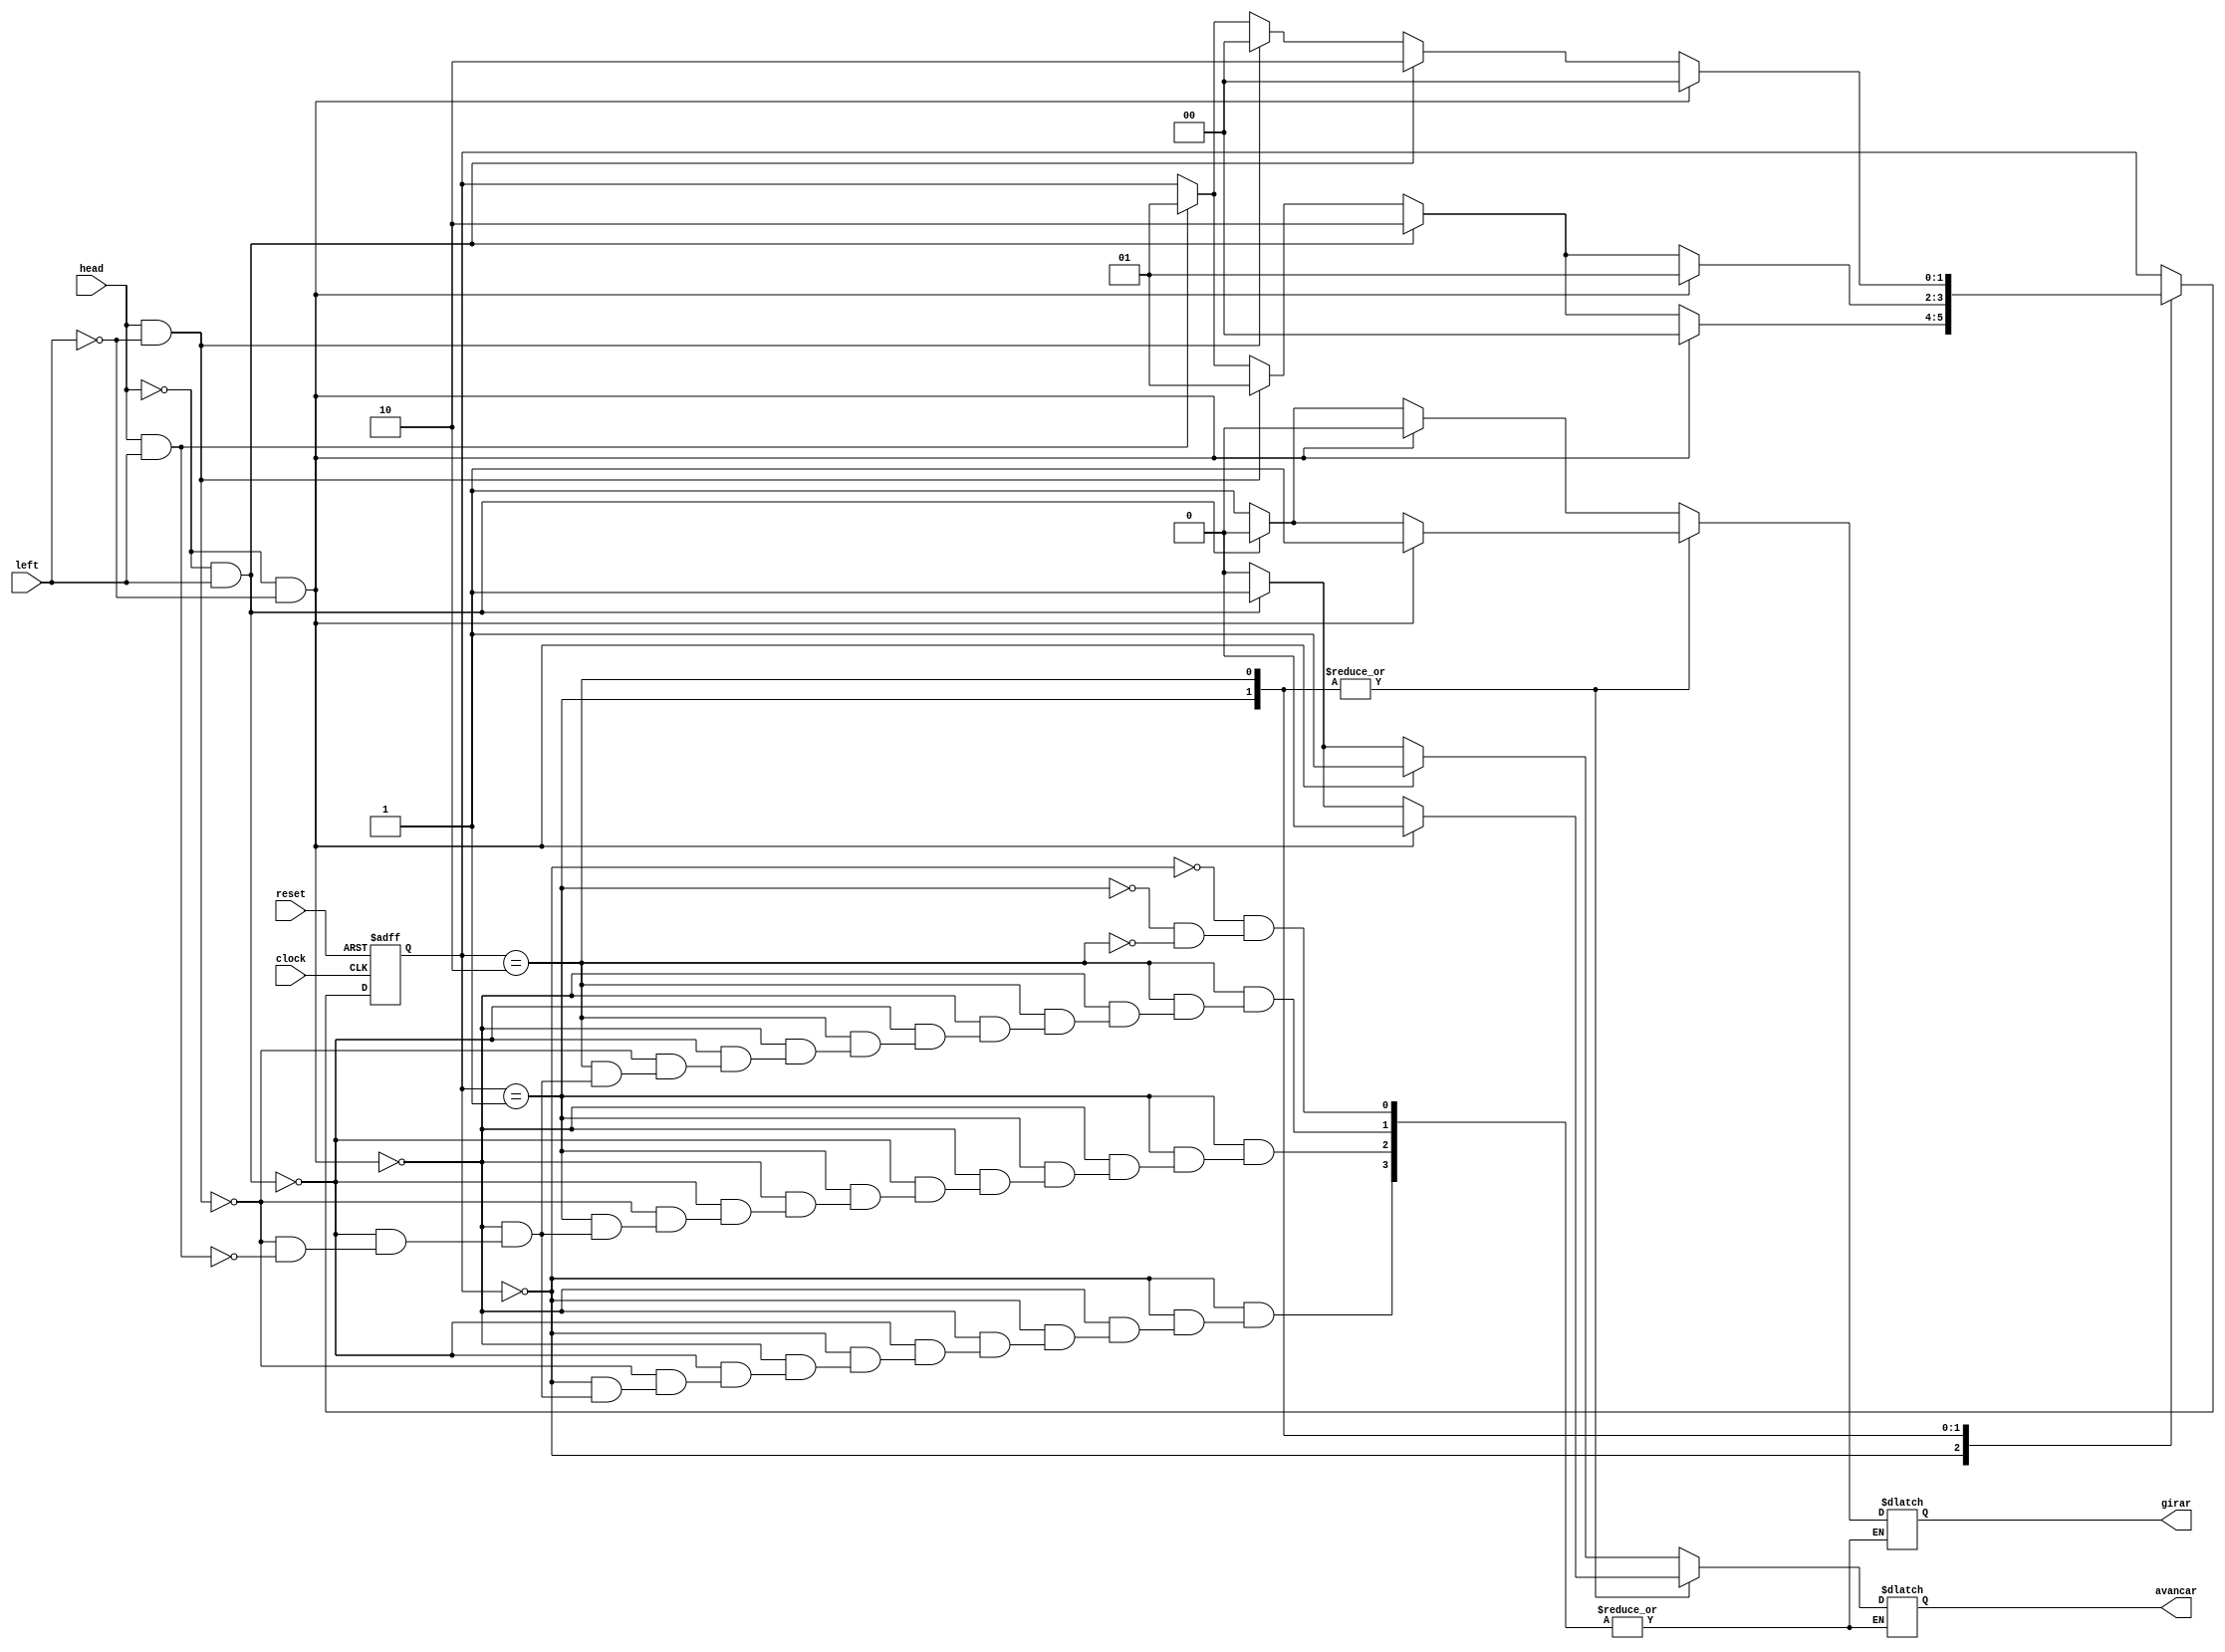
module Robo (head, left, clock, reset, avancar, girar);
    input head, left, clock, reset;
    output reg avancar, girar;
    
    // Registrador de estado
    reg [1:0] state;
    
    // Codificao dos estados
    parameter procurandoMuro = 2'b00,
              rotacionando = 2'b01,
              acompanhandoMuro = 2'b10;
    
    // Inicializao da mquina
    initial begin
        state <= procurandoMuro;
        
        //avancar <= 0;
        //girar <= 0;
    end
    
    always @(negedge clock or negedge reset) begin
        if(reset == 1'b0) state <= procurandoMuro;
        else begin
            case(state)
                procurandoMuro: begin
                    if(!head && !left) state <= procurandoMuro;
                    else if(!head && left) state <= acompanhandoMuro;
                    else if(head && !left) state <= rotacionando;
						  else if(head && left)  state <= rotacionando;
                end
					 
                rotacionando: begin
                    if(!head && !left) state <= rotacionando;
                    else if(!head && left) state <= acompanhandoMuro;
                    else if(head && !left) state <= rotacionando;
						  else if(head && left)  state <= rotacionando;
                end
                acompanhandoMuro: begin
                    if(!head && !left) state <= procurandoMuro;
                    else if(!head && left) state <= acompanhandoMuro;
                    else if(head && !left) state <= procurandoMuro;
						  else if(head && left)  state <= rotacionando;
                end
            endcase
        end
    end
	 
	 always @(state, head, left) begin
		 case(state)
			 procurandoMuro: begin
				if(!head && !left) begin
					avancar = 1'b1;
					girar = 1'b0;
				end
				
				else if(!head && left) begin
					avancar = 1'b1;
					girar = 1'b0;
				end
				else if(head && !left) begin
					avancar = 1'b0;
					girar = 1'b1;
				end
				else if(head && left) begin
					avancar = 1'b0;
					girar = 1'b1;
				end 
			 end

			rotacionando: begin
			  if(!head && !left) begin
					avancar = 1'b0;
					girar = 1'b1;
			  end
			  else if(!head && left) begin
					avancar = 1'b1;
					girar = 1'b0;
			  end
			  else if(head && !left) begin
					avancar = 1'b0;
					girar = 1'b1;
			  end
			  else if(head && left) begin
					avancar = 1'b0;
					girar = 1'b1;
			  end
			end
			
			acompanhandoMuro: begin
			  if(!head && !left) begin
					avancar = 1'b0;
					girar = 1'b1;
			  end
			  else if(!head && left) begin
					avancar = 1'b1;
					girar = 1'b0;
			  end
			  else if(head && !left) begin
					avancar = 1'b0;
					girar = 1'b1;
			  end
			  
			  else if(head && left) begin
					avancar = 1'b0;
					girar = 1'b1;
			  end
			end
		
		endcase
	end
    
endmodule